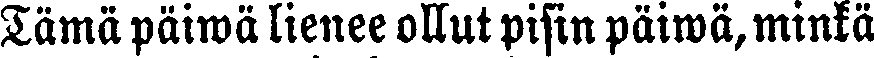
Tämä päiwä lienee ollut pisin päiwä, minkä